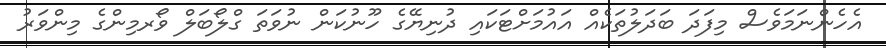
އެހެންނަމަވެސް މިފަދަ ބަދަލުތަކެއް އައުމަށްޓަކައި ދުނިޔޭގެ ހޫނުކަން ނުވަތަ ގްލޯބަލް ވޯރމިންގެ މިންވަރު